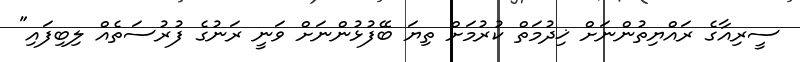
ސީރިއާގެ ރައްޔިތުންނަށް ޚިދުމަތް ކުރުމަށް ތިޔަ ބޭފުޅުންނަށް ވަނީ ރަނުގެ ފުރުސަތެއް ލިބިފައި"